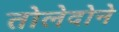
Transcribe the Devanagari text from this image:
तोलेदोने